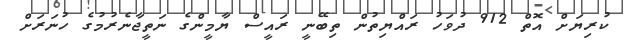
ކުރިޔަށް އޮތް 912 ދުވަހު ރައްޔިތުން ތިބޭނީ ރައީސް ޔާމީންގެ ނަތީޖާނެރުމުގެ ހުނަރަށް